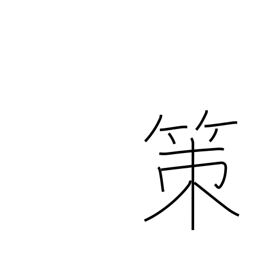
Meaning: policy